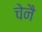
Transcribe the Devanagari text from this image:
चेनै